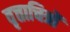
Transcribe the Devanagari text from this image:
वृत्ताचित्रों